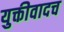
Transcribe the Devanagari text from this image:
युक्तीवादच